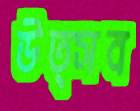
উত্সব